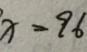
x = 9 6